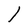
Character: l